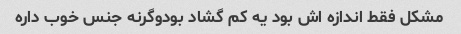
مشکل فقط اندازه اش بود یه کم گشاد بودوگرنه جنس خوب داره